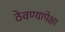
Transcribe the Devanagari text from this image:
ठेवण्यापेक्षा